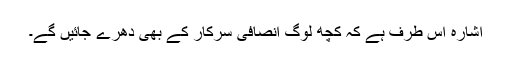
اشارہ اس طرف ہے کہ کچھ لوگ انصافی سرکار کے بھی دھرے جائیں گے۔